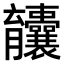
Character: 𫇄